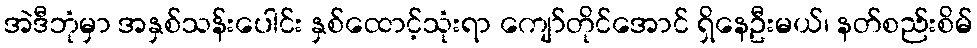
အဲဒီဘုံမှာ အနှစ်သန်းပေါင်း နှစ်ထောင့်သုံးရာ ကျော်တိုင်အောင် ရှိနေဦးမယ်၊ နတ်စည်းစိမ်